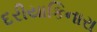
દરીયાકિનારા